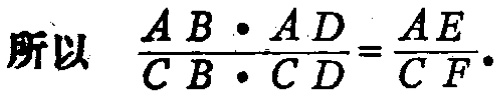
所以 \(\frac{AB\cdot AD}{CB\cdot CD}=\frac{AE}{CF}\)